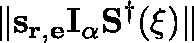
\| \mathbf { s } _ { \mathbf { r } , \mathbf { e } } \mathbf { I } _ { \alpha } \mathbf { S } ^ { \dagger } ( \mathbf { \xi } ) \|